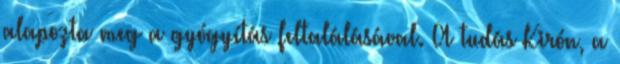
alapozta meg a gyógyítás feltalálásával. A tudás Kirón, a